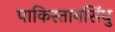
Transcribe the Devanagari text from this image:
पाकिस्तानसिंधु